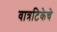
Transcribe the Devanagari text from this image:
वात्रटिकेचे